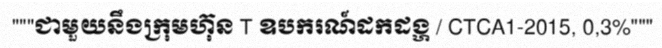
"""ជាមួយនឹងក្រុមហ៊ុន T ឧបករណ៍ដកដង្ហ / CTCA1-2015, 0,3%"""